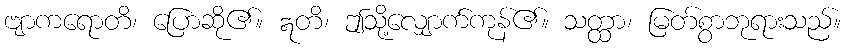
ဗျာကရောတိ၊ ပြောဆို၏။ ဣတိ၊ ဤသို့လျှောက်ကုန်၏။ သတ္ထာ၊ မြတ်စွာဘုရားသည်။